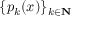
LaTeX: \{ p _ { k } ( x ) \} _ { k \in \mathbf { N } }